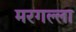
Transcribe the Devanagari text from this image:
मरगल्ला